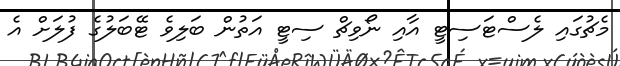
މެޗުގައި ލެސްޓަސިޓީ އާއި ނޯވިޗް ސިޓީ އަތުން ބަލިވެ ޓޭބަލުގެ ފުލަށް އެ